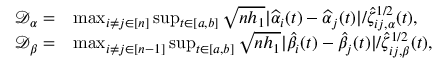
\begin{array} { r l } { \mathcal { D } _ { \alpha } = } & { \operatorname* { m a x } _ { i \neq j \in [ n ] } \operatorname* { s u p } _ { t \in [ a , b ] } \sqrt { n h _ { 1 } } | \widehat \alpha _ { i } ( t ) - \widehat \alpha _ { j } ( t ) | / \widehat \zeta _ { i j , \alpha } ^ { 1 / 2 } ( t ) , } \\ { \mathcal { D } _ { \beta } = } & { \operatorname* { m a x } _ { i \neq j \in [ n - 1 ] } \operatorname* { s u p } _ { t \in [ a , b ] } \sqrt { n h _ { 1 } } | \widehat \beta _ { i } ( t ) - \widehat \beta _ { j } ( t ) | / \widehat \zeta _ { i j , \beta } ^ { 1 / 2 } ( t ) , } \end{array}